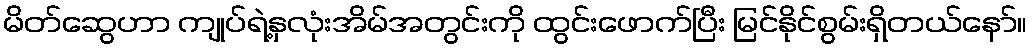
မိတ်ဆွေဟာ ကျုပ်ရဲ့နှလုံးအိမ်အတွင်းကို ထွင်းဖောက်ပြီး မြင်နိုင်စွမ်းရှိတယ်နော်။